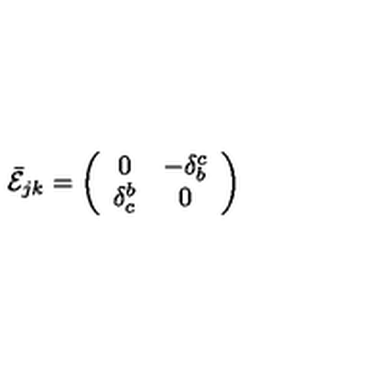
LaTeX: \bar { \cal E } _ { j k } = \left( \begin{array} { c c } { 0 } & { - \delta _ { b } ^ { c } } \\ { \delta _ { c } ^ { b } } & { 0 } \\ \end{array} \right)